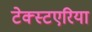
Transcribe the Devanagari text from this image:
टेक्स्टएरिया